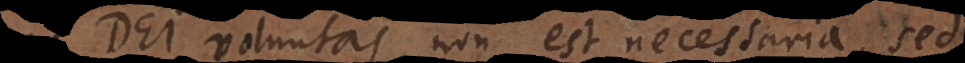
Dei voluntas non est necessaria, sed